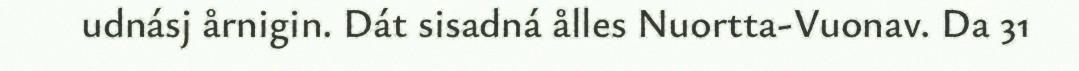
udnásj årnigin. Dát sisadná ålles Nuortta-Vuonav. Da 31